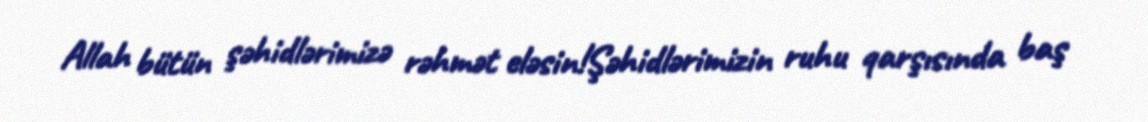
Allah bütün şəhidlərimizə rəhmət eləsin!Şəhidlərimizin ruhu qarşısında baş